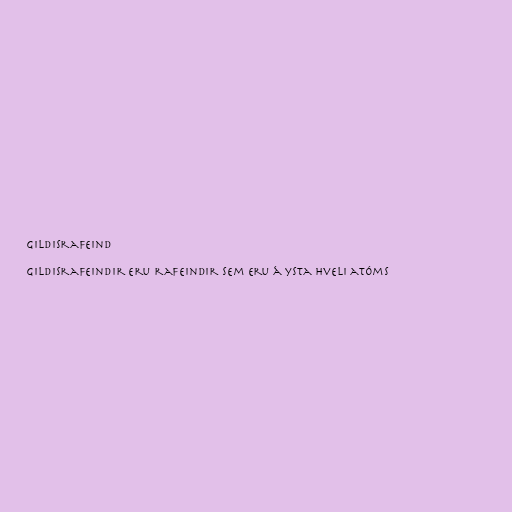
Gildisrafeind

Gildisrafeindir eru rafeindir sem eru á ysta hveli atóms